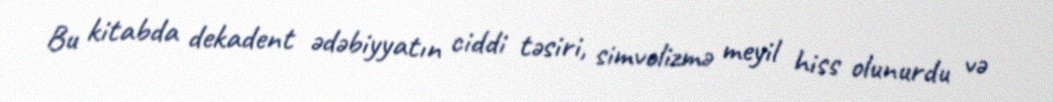
Bu kitabda dekadent ədəbiyyatın ciddi təsiri, simvolizmə meyil hiss olunurdu və